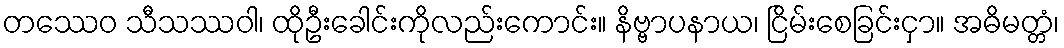
တဿေဝ သီသဿဝါ၊ ထိုဦးခေါင်းကိုလည်းကောင်း။ နိဗ္ဗာပနာယ၊ ငြိမ်းစေခြင်းငှာ။ အဓိမတ္တံ၊